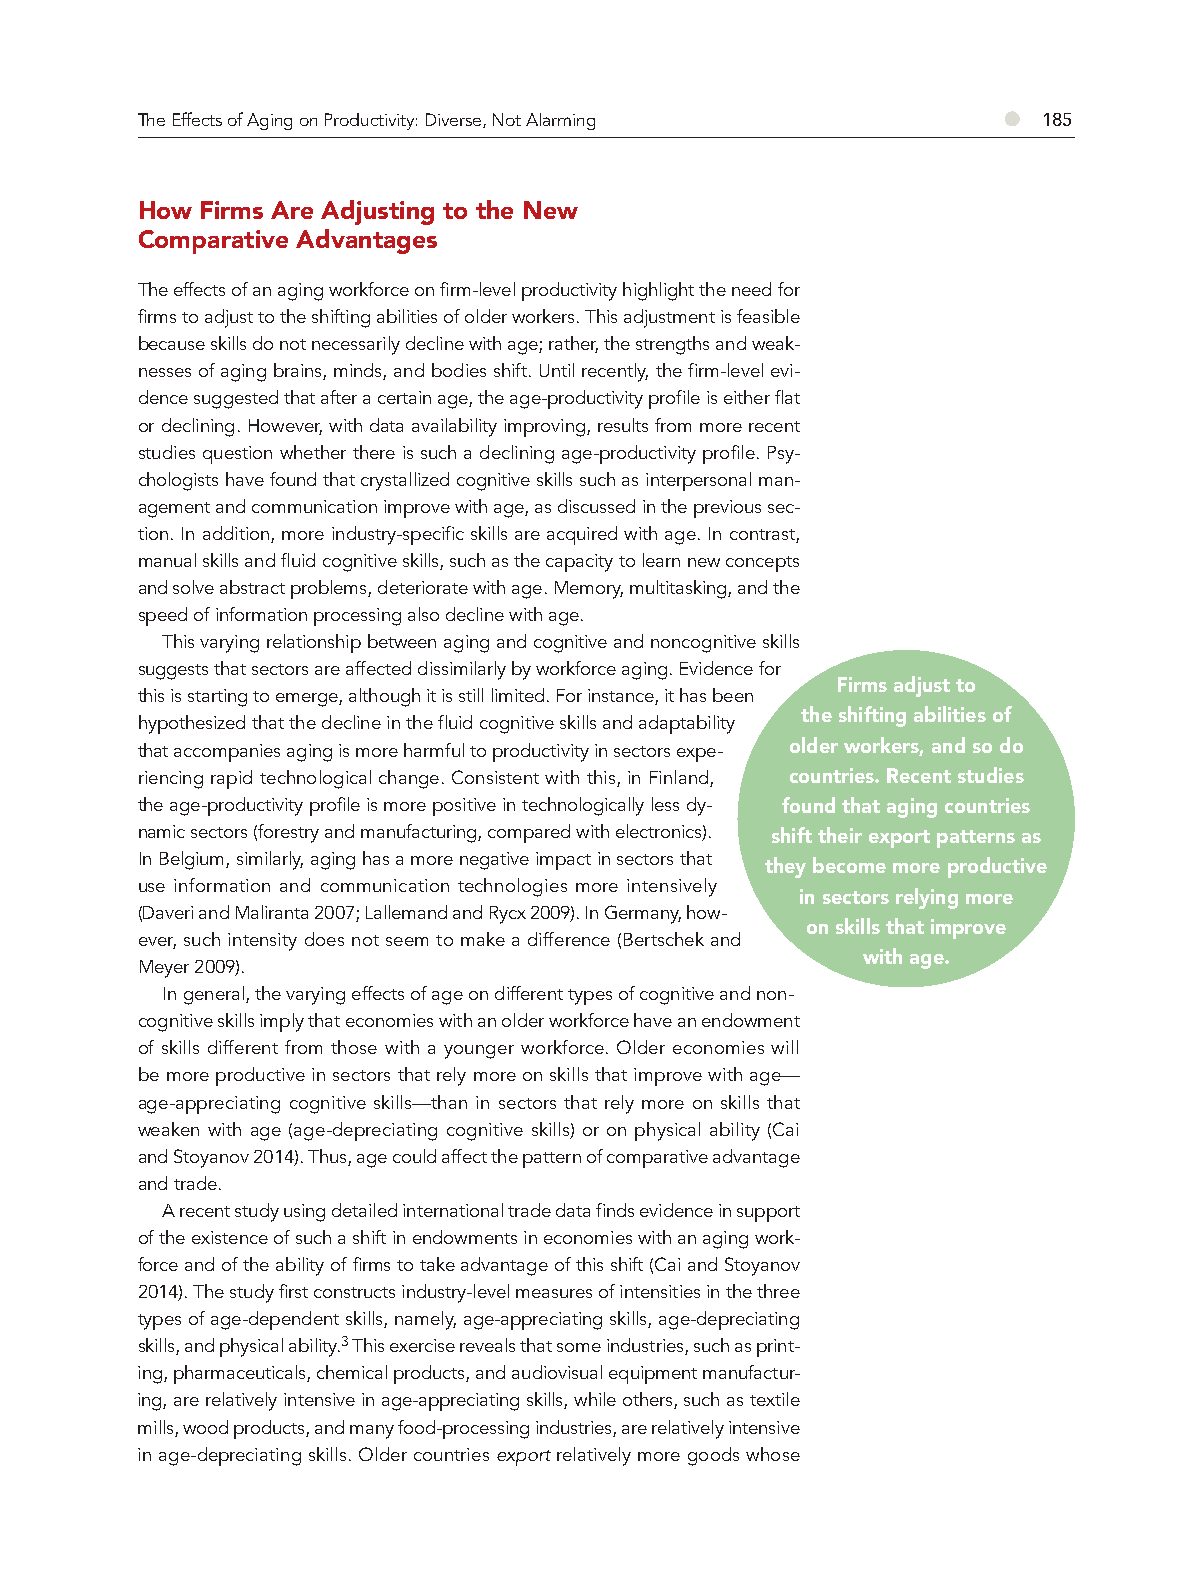
The Effects of Aging on Productivity: Diverse, Not Alarming ● 185
 How Firms Are Adjusting to the New
 Comparative Advantages
 The effects of an aging workforce on firm-level productivity highlight the need for
 firms to adjust to the shifting abilities of older workers. This adjustment is feasible
 because skills do not necessarily decline with age; rather, the strengths and weak-
 nesses of aging brains, minds, and bodies shift. Until recently, the firm-level evi-
 dence suggested that after a certain age, the age-productivity profile is either flat
 or declining. However, with data availability improving, results from more recent
 studies question whether there is such a declining age-productivity profile. Psy-
 chologists have found that crystallized cognitive skills such as interpersonal man-
 agement and communication improve with age, as discussed in the previous sec-
 tion. In addition, more industry-specific skills are acquired with age. In contrast,
 manual skills and fluid cognitive skills, such as the capacity to learn new concepts
 and solve abstract problems, deteriorate with age. Memory, multitasking, and the
 speed of information processing also decline with age.
 This varying relationship between aging and cognitive and noncognitive skills
 suggests that sectors are affected dissimilarly by workforce aging. Evidence for
 Firms adjust to
 this is starting to emerge, although it is still limited. For instance, it has been
 the shifting abilities of
 hypothesized that the decline in the fluid cognitive skills and adaptability
 older workers, and so do
 that accompanies aging is more harmful to productivity in sectors expe-
 riencing rapid technological change. Consistent with this, in Finland, countries. Recent studies
 the age-productivity profile is more positive in technologically less dy- found that aging countries
 namic sectors (forestry and manufacturing, compared with electronics). shift their export patterns as
 In Belgium, similarly, aging has a more negative impact in sectors that they become more productive
 use information and communication technologies more intensively
 in sectors relying more
 (Daveri and Maliranta 2007; Lallemand and Rycx 2009). In Germany, how-
 on skills that improve
 ever, such intensity does not seem to make a difference (Bertschek and
 with age.
 Meyer 2009).
 In general, the varying effects of age on different types of cognitive and non-
 cognitive skills imply that economies with an older workforce have an endowment
 of skills different from those with a younger workforce. Older economies will
 be more productive in sectors that rely more on skills that improve with age—
 age-appreciating cognitive skills—than in sectors that rely more on skills that
 weaken with age (age-depreciating cognitive skills) or on physical ability (Cai
 and Stoyanov 2014). Thus, age could affect the pattern of comparative advantage
 and trade.
 A recent study using detailed international trade data finds evidence in support
 of the existence of such a shift in endowments in economies with an aging work-
 force and of the ability of firms to take advantage of this shift (Cai and Stoyanov
 2014). The study first constructs industry-level measures of intensities in the three
 types of age-dependent skills, namely, age-appreciating skills, age-depreciating
 skills, and physical ability.3 This exercise reveals that some industries, such as print-
 ing, pharmaceuticals, chemical products, and audiovisual equipment manufactur-
 ing, are relatively intensive in age-appreciating skills, while others, such as textile
 mills, wood products, and many food-processing industries, are relatively intensive
 in age-depreciating skills. Older countries export relatively more goods whose